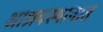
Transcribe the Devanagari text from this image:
आश्रयस्थानात